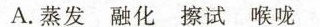
A.蒸发 融化 擦试 喉咙